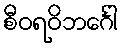
စီဝရဝိဘင်္ဂေါ